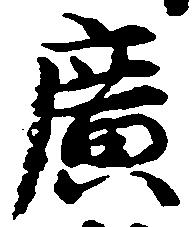
広